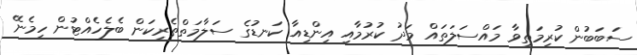
ސަބަބުން ކުރިމަތިވާ މައްސަލަތައް މަދު ކުރުމާއި އިންޑިއާ ކަނޑުގެ ސަލާމަތްތެރިކަން ބެލެހެއްޓުން ހިމެނޭ